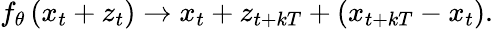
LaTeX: f_{\theta}\left(x_{t}+z_{t}\right)\rightarrow x_{t}+z_{t+kT}+(x_{t+kT}-x_{t}).